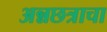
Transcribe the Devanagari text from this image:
अन्नछत्राचा